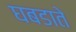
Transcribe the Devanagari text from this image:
घबडाते